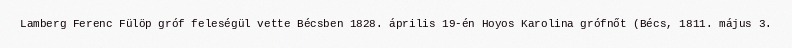
Lamberg Ferenc Fülöp gróf feleségül vette Bécsben 1828. április 19-én Hoyos Karolina grófnőt (Bécs, 1811. május 3.